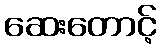
ဆေးတောင့်